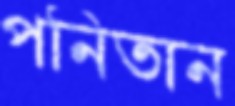
পনিতান